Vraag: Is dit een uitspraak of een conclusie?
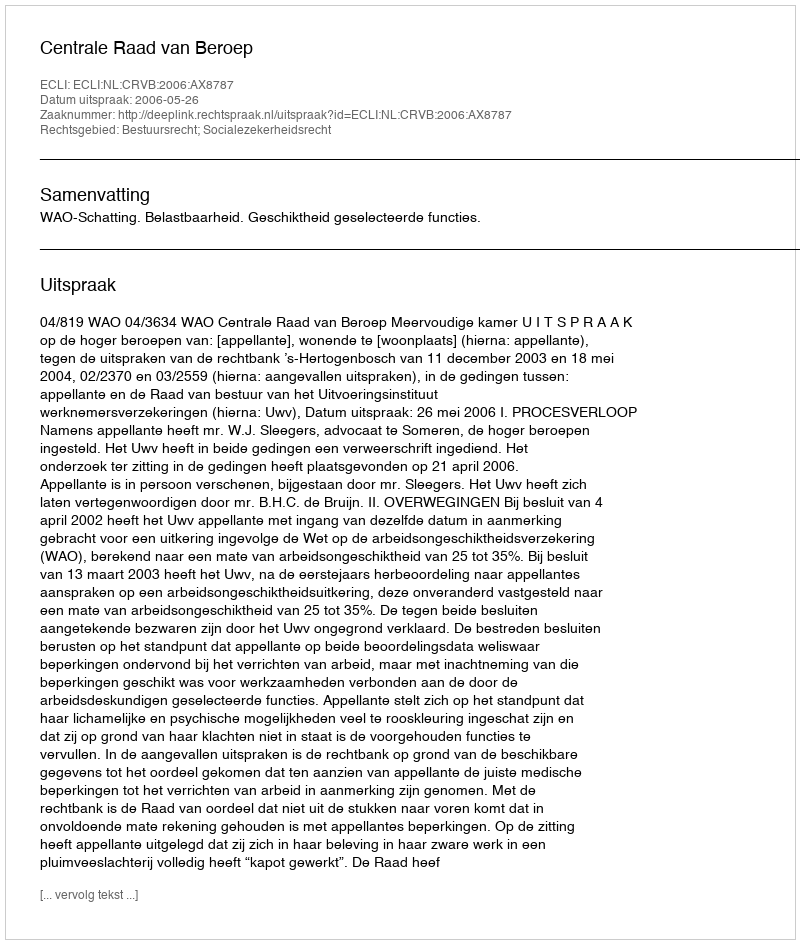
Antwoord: Uitspraak